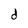
Character: d